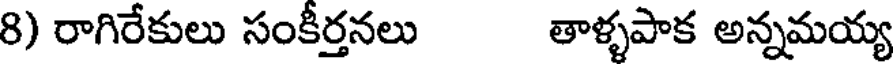
8) రాగిరేకులు సంకీర్తనలు తాళ్ళపాక అన్నమయ్య